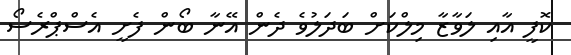
ކޮފީ އާއި ލަވާޒާ މިލްކަށް ބަދަލުވެ ދެން އޭނާ ބޯން ފެށީ އެސްޕްރެސޯ